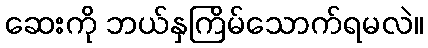
ဆေးကို ဘယ်နှကြိမ်သောက်ရမလဲ။